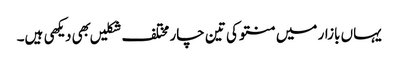
یہاں بازار میں منتو کی تین چار مختلف شکلیں بهی دیکهی ہیں۔